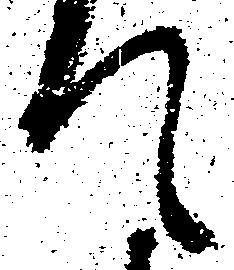
て